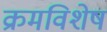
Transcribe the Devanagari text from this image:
क्रमविशेष